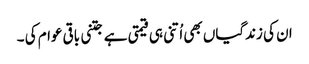
ان کی زندگیاں بھی اُتنی ہی قیمتی ہے جتنی باقی عوام کی ۔